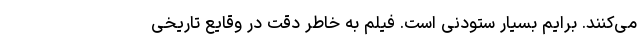
می‌کنند. برایم بسیار ستودنی‌ است. فیلم به خاطر دقت در وقایع تاریخی